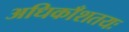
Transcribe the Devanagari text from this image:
अधिकाँशतयः